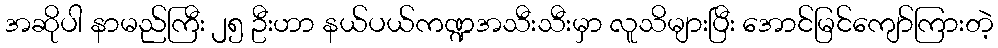
အဆိုပါ နာမည်ကြီး ၂၅ ဦးဟာ နယ်ပယ်ကဏ္ဍအသီးသီးမှာ လူသိများပြီး အောင်မြင်ကျော်ကြားတဲ့